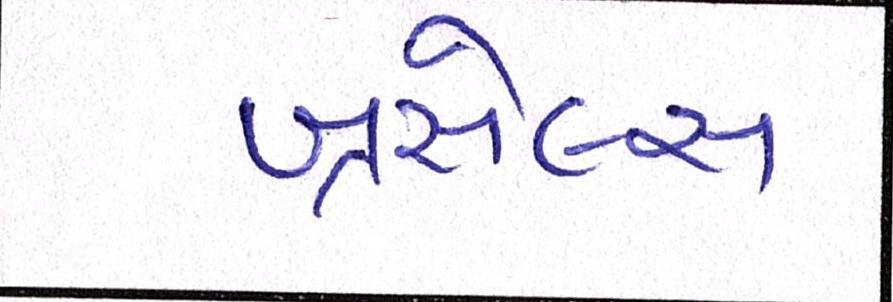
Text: બ્રસેલ્સ